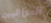
المراقبين